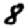
Digit: 8